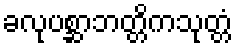
ခလုပစ္ဆာဘတ္တိကသုတ္တံ